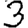
Digit: 3